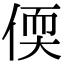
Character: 偄